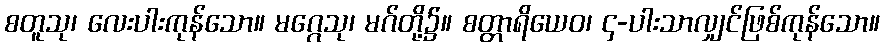
စတူသု၊ လေးပါးကုန်သော။ မဂ္ဂေသု၊ မဂ်တို့၌။ စတ္တာရိယေဝ၊ ၄-ပါးသာလျှင်ဖြစ်ကုန်သော။